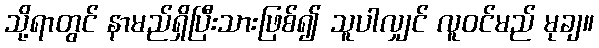
သို့ရာတွင် နာမည်ရှိပြီးသားဖြစ်၍ သူပါလျှင် လူဝင်မည် မုချ။